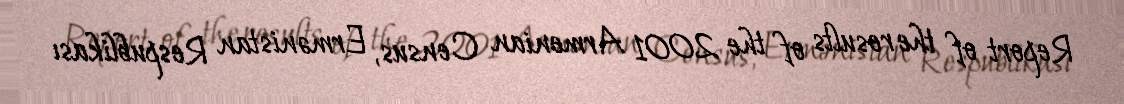
Report of the results of the 2001 Armenian Census, Ermənistan Respublikası